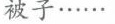
被子……